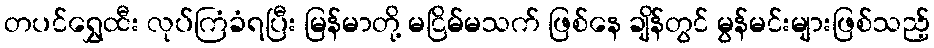
တပင်ရွှေထီး လုပ်ကြံခံရပြီး မြန်မာတို့ မငြိမ်မသက် ဖြစ်နေ ချိန်တွင် မွန်မင်းများဖြစ်သည့်